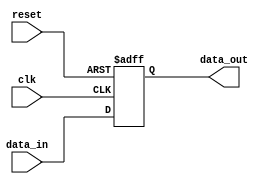
module negative_edge_sensitive (
    input wire clk,          // Clock input
    input wire reset,        // Reset input
    input wire data_in,      // Data input signal
    output reg data_out      // Data output signal
);

    // Initial state
    initial begin
        data_out = 1'b0;     // Set initial output state to 0
    end

    // Always block sensitive to the negative edge of the clock
    always @(negedge clk or posedge reset) begin
        if (reset) begin
            data_out <= 1'b0; // Reset output to 0
        end else begin
            // State transition logic
            data_out <= data_in; // Transfer input data to output on negative edge
        end
    end

endmodule